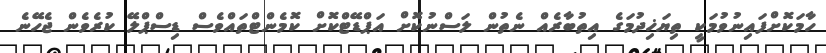
ހާމަކޮށްފައިނުވުމަކީ ތިޔަޚިދުމަގެ އިތުބާރެއް ނެތުން ލަސްނުކޮށް އަޕްޑޭޓްކޮށް ކޮމެންޓްތައްވެސް ޑިސްޕްލޭ ކުރެވެން ޖެހޭނެ